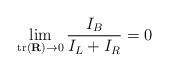
LaTeX: \begin{align*} \mathop {\lim }\limits_{{\rm{tr}}\left( {\textbf{R}} \right) \to 0 } \frac{{{I_B}}}{{{I_L} + {I_R}}} = 0\end{align*}